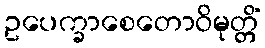
ဥပေက္ခာစေတောဝိမုတ္တိံ